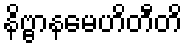
နိဗ္ဗာနမေဟိတီတိ